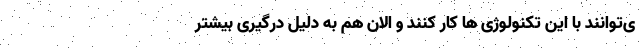
ی‌توانند با این تکنولوژی ها کار کنند و الان هم به دلیل درگیری بیشتر